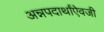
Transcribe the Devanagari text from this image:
अन्नपदार्थांऐवजी